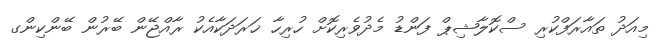
މިއަދު ތައާރަފްކުރި ސްކޮލާޝިޕް ފަންޑު މެދުވެރިކޮށް ހުރިހާ ޚަރަދަކާއެކު ރާއްޖޭން ބޭރުން ބޭންކިންގ